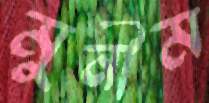
মুনীম